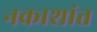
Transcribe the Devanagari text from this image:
नकाशांत